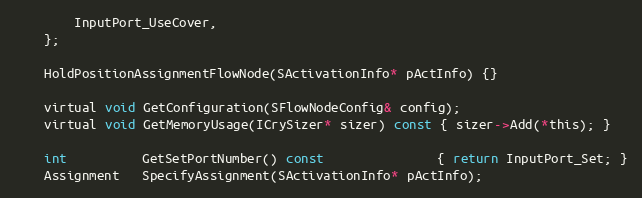
Language: C
		InputPort_UseCover,
	};

	HoldPositionAssignmentFlowNode(SActivationInfo* pActInfo) {}

	virtual void GetConfiguration(SFlowNodeConfig& config);
	virtual void GetMemoryUsage(ICrySizer* sizer) const { sizer->Add(*this); }

	int          GetSetPortNumber() const               { return InputPort_Set; }
	Assignment   SpecifyAssignment(SActivationInfo* pActInfo);